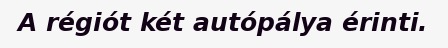
A régiót két autópálya érinti.